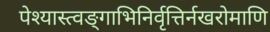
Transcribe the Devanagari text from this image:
पेश्यास्त्वङ्गाभिनिर्वृत्तिर्नखरोमाणि